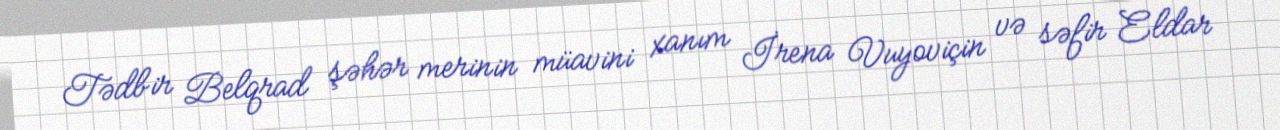
Tədbir Belqrad şəhər merinin müavini xanım İrena Vuyoviçin və səfir Eldar